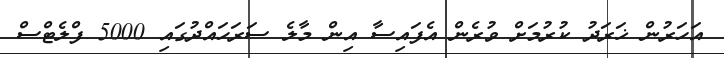
އަހަރުން ޚަރަދު ކުރުމަށް ވުރެން އެފައިސާ އިން މާލެ ސަރަހައްދުގައި 5000 ފްލެޓްސް